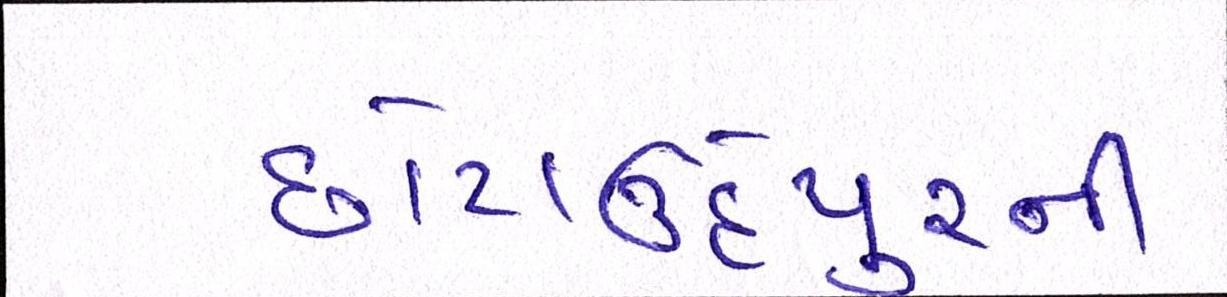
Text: છોટાઉદેપુરની